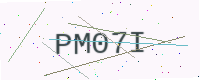
Text: PM07I